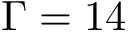
\Gamma = 1 4